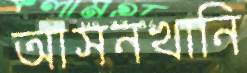
আসনখানি